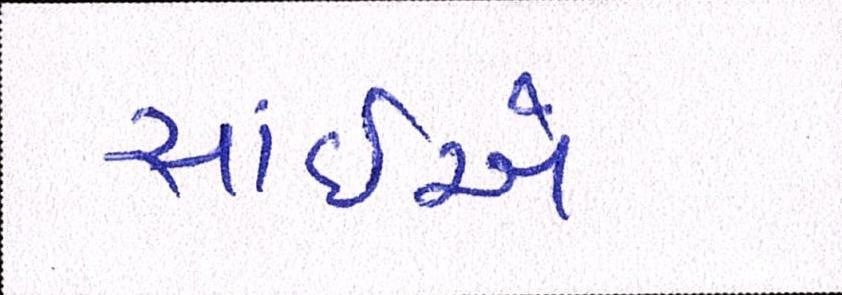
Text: સાંઈએ